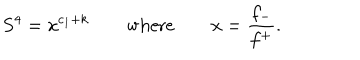
S ^ { 4 } = x ^ { c _ { 1 } + k } \qquad \mathrm { w h e r e } \qquad x = \frac { f _ { - } } { f ^ { + } } .